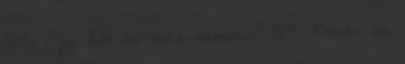
185. Egy hét és más semmi? 184. Kövér és